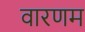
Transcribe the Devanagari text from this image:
वारणम